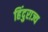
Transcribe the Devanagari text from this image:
हिंदुराज्य